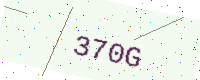
Text: 370G